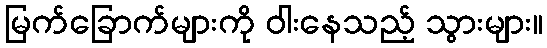
မြက်ခြောက်များကို ဝါးနေသည့် သွားများ။